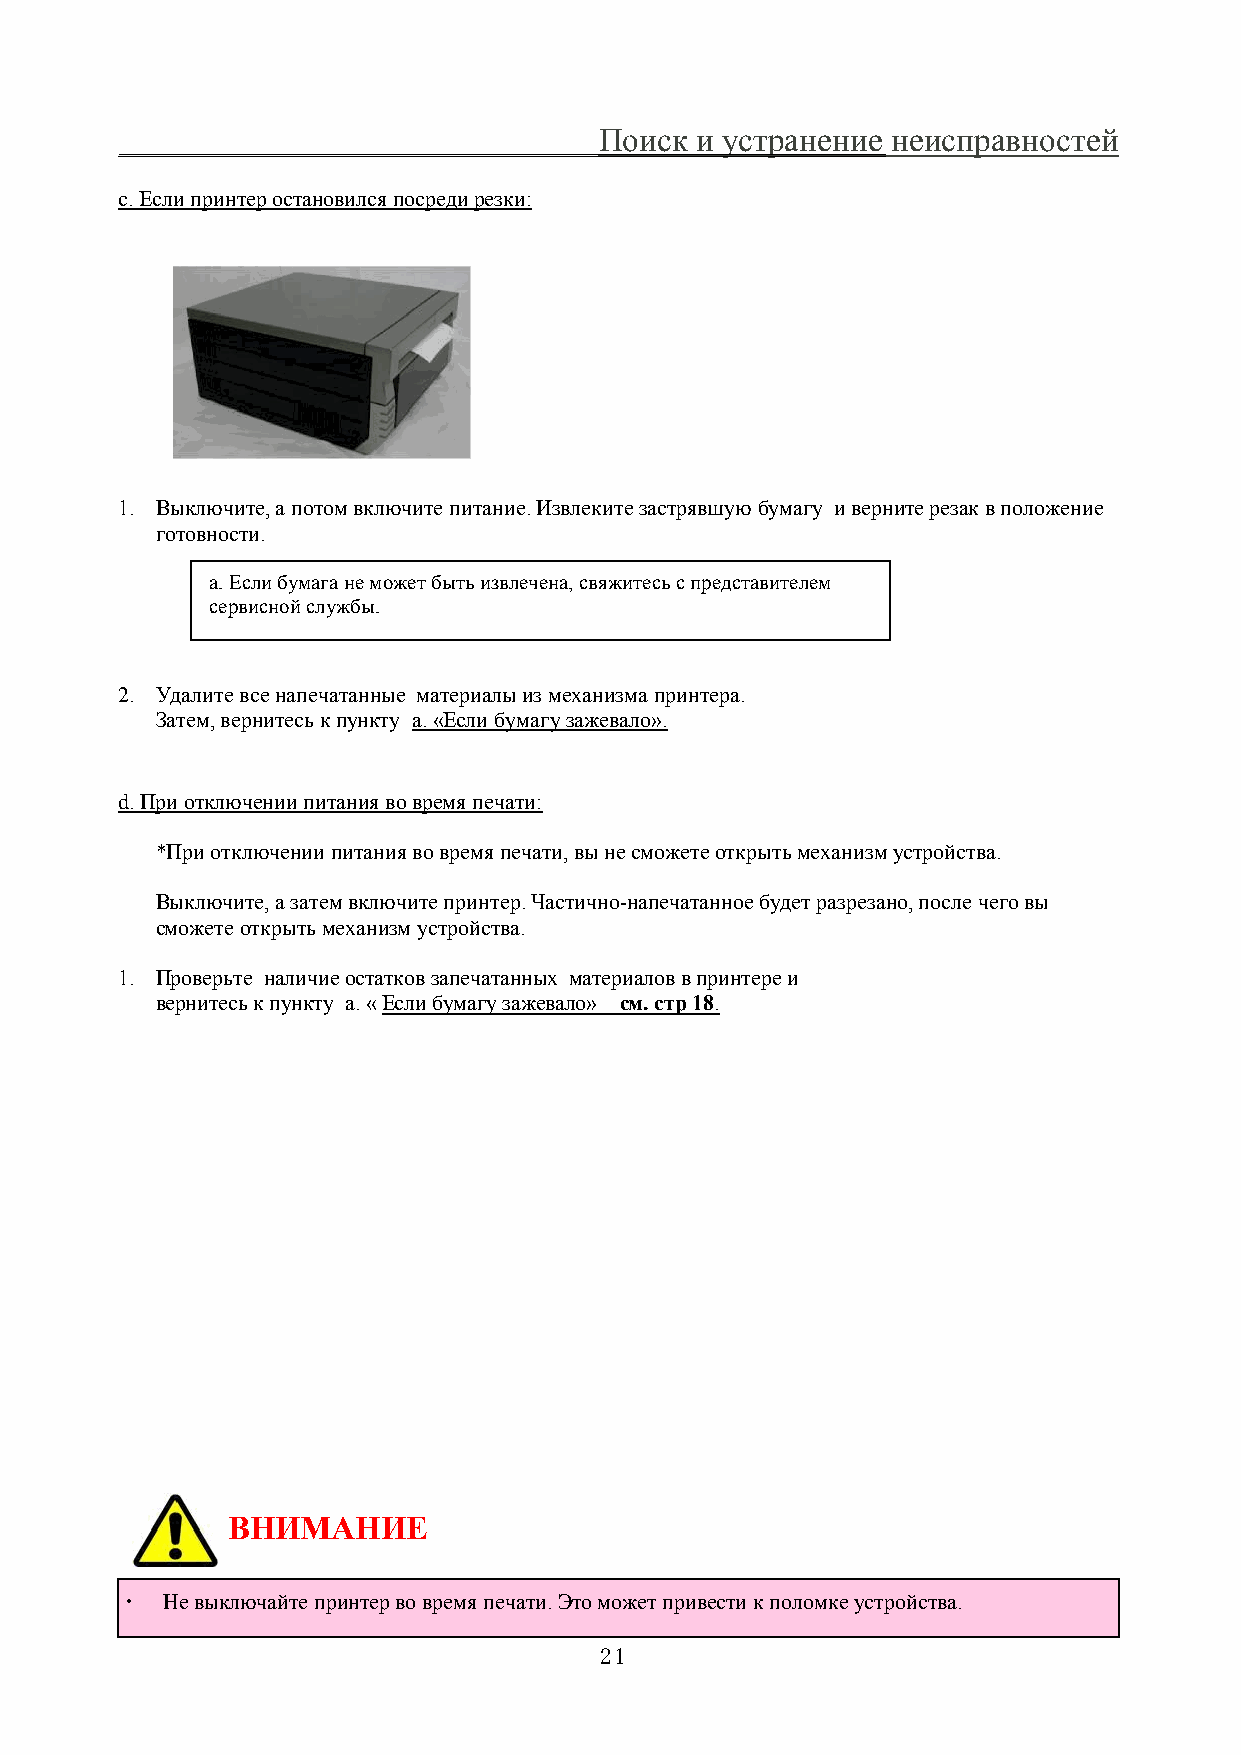
Поиск и устранение неисправностей
 c. Если принтер остановился посреди резки:
 1. Выключите, а потом включите питание. Извлеките застрявшую бумагу и верните резак в положение
 готовности.
 a. Если бумага не может быть извлечена, свяжитесь с представителем
 сервисной службы.
 2. Удалите все напечатанные материалы из механизма принтера.
 Затем, вернитесь к пункту a. «Если бумагу зажевало».
 d. При отключении питания во время печати:
 *При отключении питания во время печати, вы не сможете открыть механизм устройства.
 Выключите, а затем включите принтер. Частично-напечатанное будет разрезано, после чего вы
 сможете открыть механизм устройства.
 1. Проверьте наличие остатков запечатанных материалов в принтере и
 вернитесь к пункту а. « Если бумагу зажевало» см. стр 18.
 ВНИМАНИЕ
 ・  Не выключайте принтер во время печати. Это может привести к поломке устройства.
 21